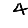
Digit: 4